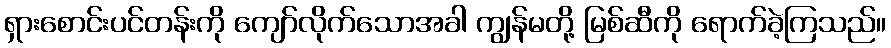
ရှားစောင်းပင်တန်းကို ကျော်လိုက်သောအခါ ကျွန်မတို့ မြစ်ဆီကို ရောက်ခဲ့ကြသည်။